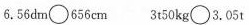
6.56dm\circ 656cm 3t50kg\circ 3.05t